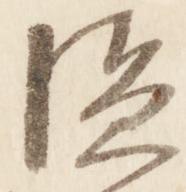
隠